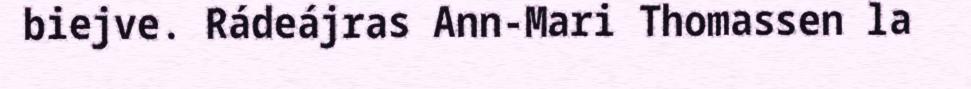
biejve. Rádeájras Ann-Mari Thomassen la